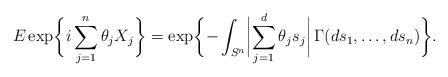
LaTeX: \begin{align*} E\exp\biggl\{ i\sum_{j=1}^n \theta_jX_j\biggr\}= \exp\biggl\{ -\int_{S^n} \biggl| \sum_{j=1}^d \theta_js_j\biggr|\,\Gamma(ds_1,\ldots, ds_n)\biggr\}.\end{align*}